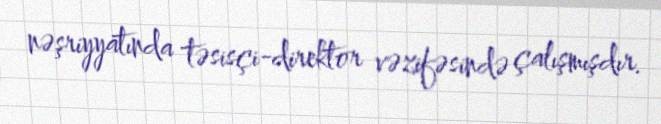
nəşriyyatında təsisçi-direktor vəzifəsində çalışmışdır.